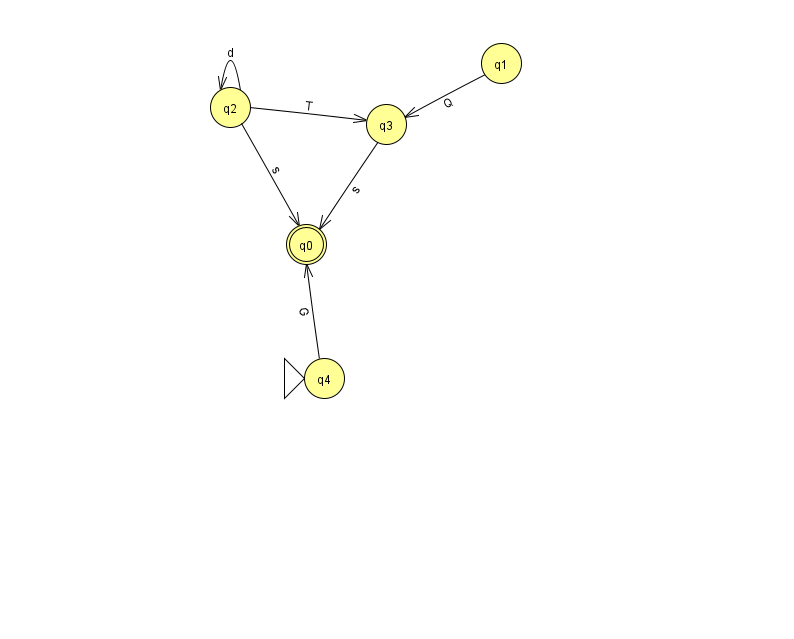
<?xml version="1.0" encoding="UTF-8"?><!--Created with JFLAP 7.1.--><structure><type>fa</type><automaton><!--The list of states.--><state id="0" name="q0"><x>306.0</x><y>231.0</y><final/></state><state id="1" name="q1"><x>501.0</x><y>50.0</y></state><state id="2" name="q2"><x>230.0</x><y>94.0</y></state><state id="3" name="q3"><x>386.0</x><y>111.0</y></state><state id="4" name="q4"><x>324.0</x><y>365.0</y><initial/></state><!--The list of transitions.--><transition><from>2</from><to>3</to><read>T</read></transition><transition><from>2</from><to>0</to><read>s</read></transition><transition><from>2</from><to>2</to><read>d</read></transition><transition><from>3</from><to>0</to><read>s</read></transition><transition><from>1</from><to>3</to><read>Q</read></transition><transition><from>4</from><to>0</to><read>G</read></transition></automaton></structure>